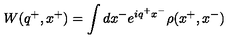
W ( q ^ { + } , x ^ { + } ) = \int d x ^ { - } e ^ { i q ^ { + } x ^ { - } } \rho ( x ^ { + } , x ^ { - } )